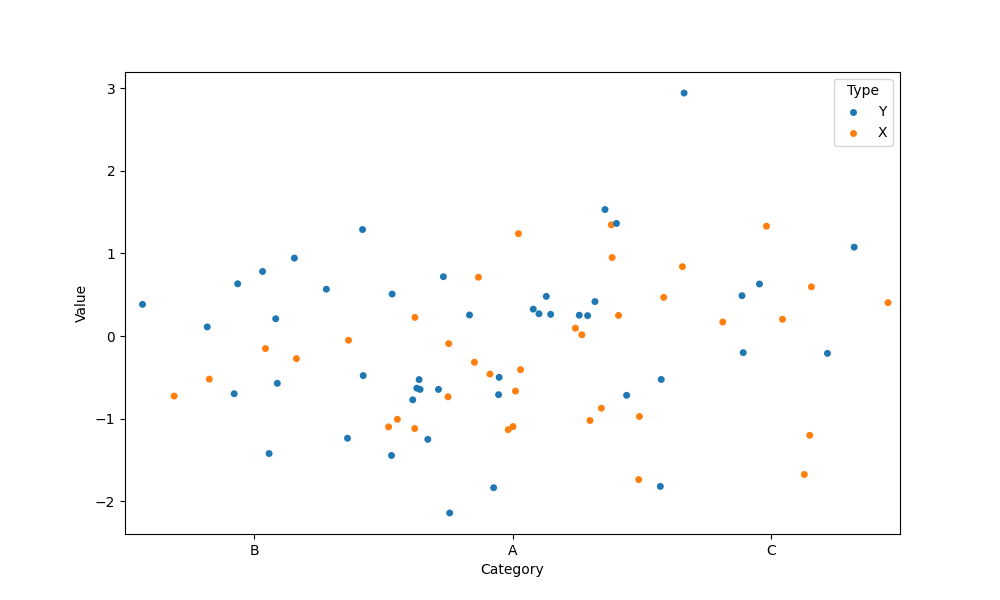
python, seaborn, stripplot, jitter=True, dodge=False, alpha=1.0, size=5